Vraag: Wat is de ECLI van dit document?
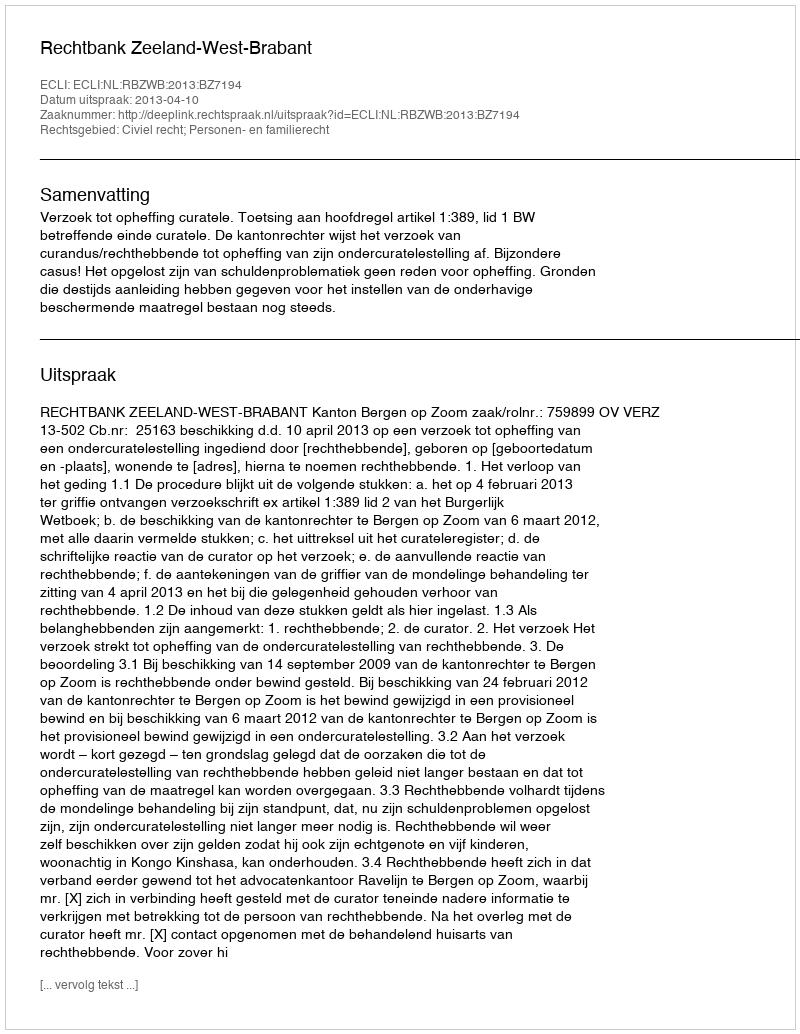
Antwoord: ECLI:NL:RBZWB:2013:BZ7194